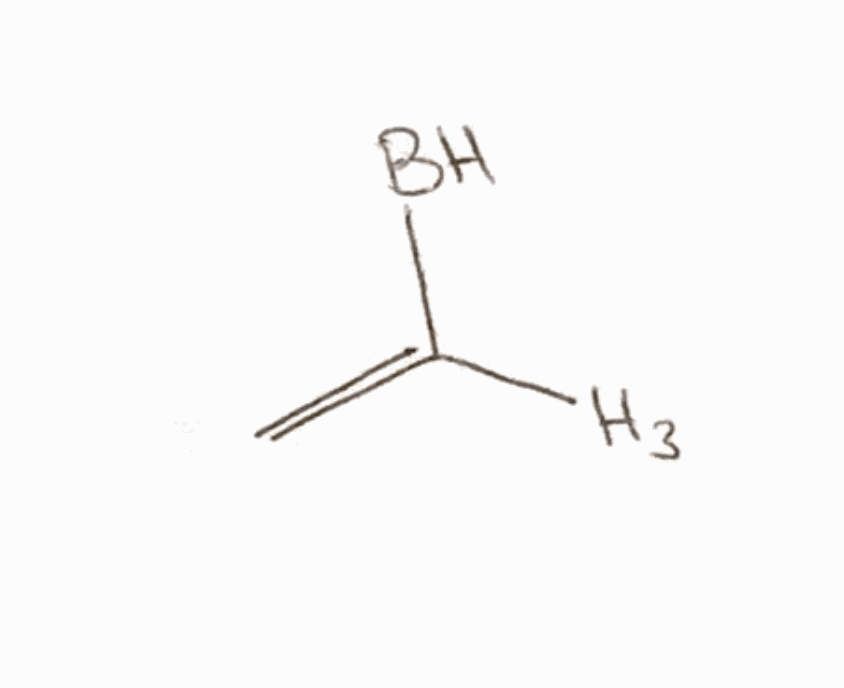
Simplified molecular-input line-entry system (SMILES) notation of the given molecule:
[3H]C(=C)[BH]